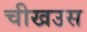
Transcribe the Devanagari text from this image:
चीखउस